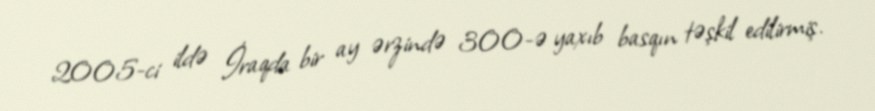
2005-ci ildə İraqda bir ay ərzində 300-ə yaxıb basqın təşkil edilirmiş.